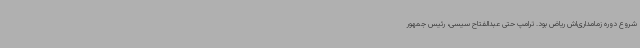
شروع دوره زمامداری‌اش ریاض بود. ترامپ حتی عبدالفتاح سیسی، رئیس جمهور